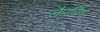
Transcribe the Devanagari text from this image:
लैपविंग